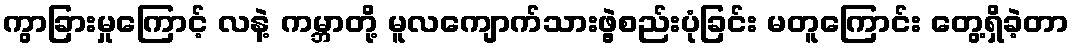
ကွာခြားမှုကြောင့် လနဲ့ ကမ္ဘာတို့ မူလကျောက်သားဖွဲ့စည်းပုံခြင်း မတူကြောင်း တွေ့ရှိခဲ့တာ